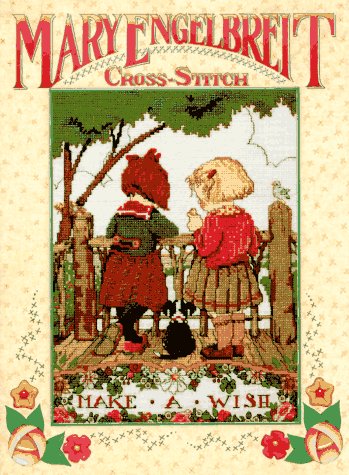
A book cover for Mary Engelbreit Cross-Stitch; Crafts, Hobbies & Home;